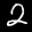
Label: 2